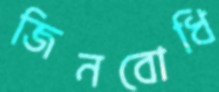
জিনবোধি